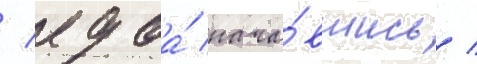
/ едва́ нача́вшись /